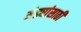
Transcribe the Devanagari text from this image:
अंड्यांसाठी